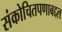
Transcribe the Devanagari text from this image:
संकोचितपणाबद्दल